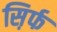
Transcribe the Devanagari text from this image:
स़िर्फ